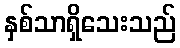
နှစ်သာရှိသေးသည်